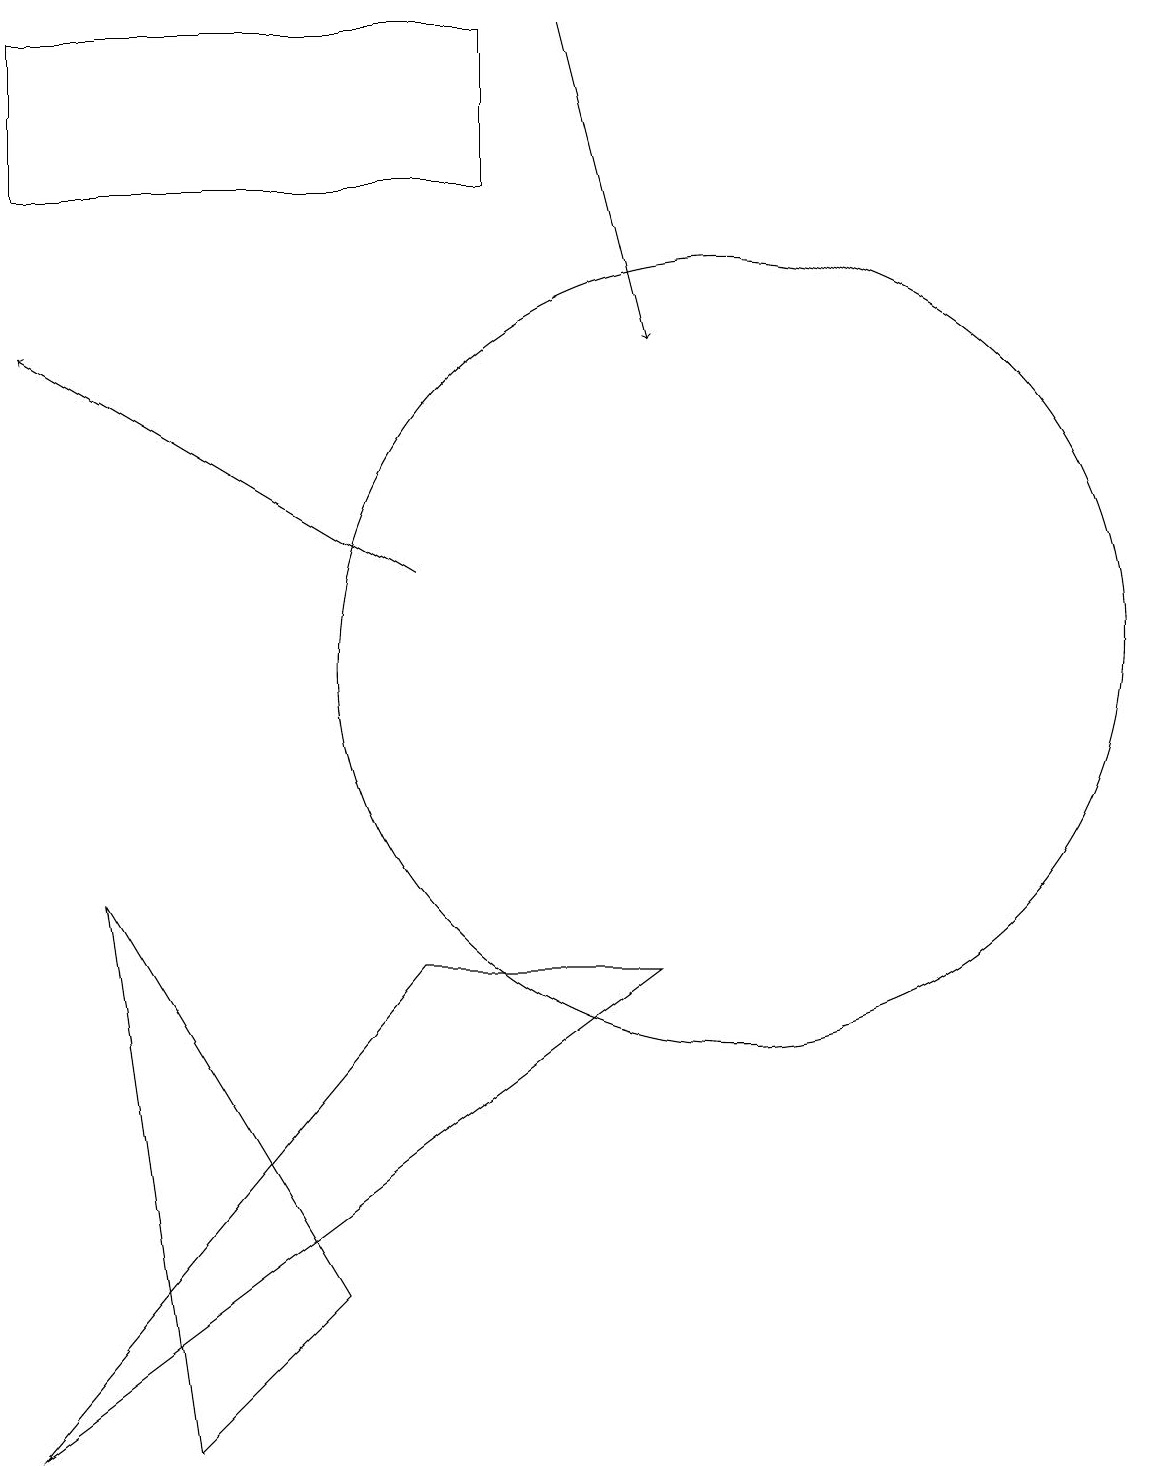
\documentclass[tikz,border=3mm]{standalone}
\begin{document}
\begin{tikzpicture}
\draw[->] (6,11) -- (1,14);
\draw (9,6) -- (6,6) -- (1,0) -- cycle;
\draw (10,10) circle (5);
\draw (2,7) -- (5,2) -- (3,0) -- cycle;
\draw[->] (8,18) -- (9,14);
\draw (7,16) rectangle (1,18);
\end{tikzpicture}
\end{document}